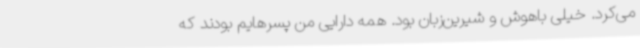
می‌کرد. خیلی باهوش و شیرین‌زبان بود. همه دارایی من پسرهایم بودند که